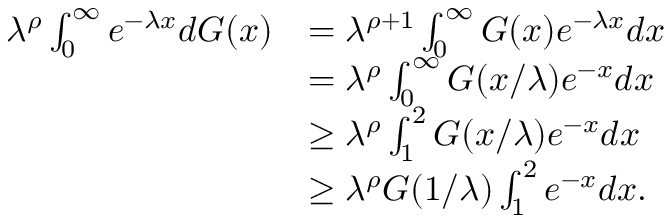
\begin{array} { r l } { \lambda ^ { \rho } \int _ { 0 } ^ { \infty } e ^ { - \lambda x } d G ( x ) } & { = \lambda ^ { \rho + 1 } \int _ { 0 } ^ { \infty } G ( x ) e ^ { - \lambda x } d x } \\ & { = \lambda ^ { \rho } \int _ { 0 } ^ { \infty } G ( x / \lambda ) e ^ { - x } d x } \\ & { \geq \lambda ^ { \rho } \int _ { 1 } ^ { 2 } G ( x / \lambda ) e ^ { - x } d x } \\ & { \geq \lambda ^ { \rho } G ( 1 / \lambda ) \int _ { 1 } ^ { 2 } e ^ { - x } d x . } \end{array}